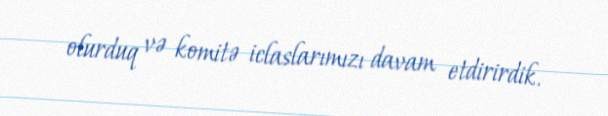
olurduq və komitə iclaslarımızı davam etdirirdik.